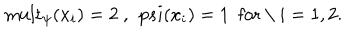
\mathrm { m u l t } _ { \psi } ( x _ { i } ) = 2 \ , \ \, p s i ( x _ { i } ) = 1 \ \ \mathrm { f o r ~ \ } i = 1 , 2 .